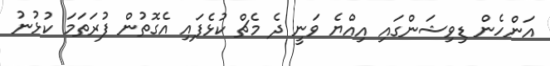
އަންހެން ޑިވިޝަންގައި އިއްޔެ ވަނީ ދެ މެޗް ކުޅެފައި އެގޮތުން ފުރަތަމަ ކުޅުނު